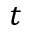
t